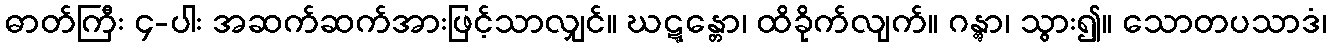
ဓာတ်ကြီး ၄-ပါး အဆက်ဆက်အားဖြင့်သာလျှင်။ ဃဋ္ဋန္တော၊ ထိခိုက်လျက်။ ဂန္တွာ၊ သွား၍။ သောတပသာဒံ၊